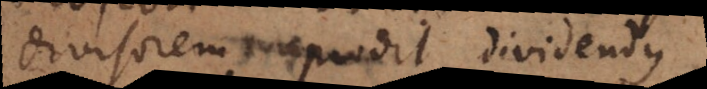
divisorem prodit dividendus.